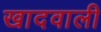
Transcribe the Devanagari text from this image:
खादवाली